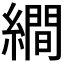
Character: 𦅘